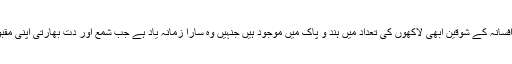
اس دور کے مجھ جیسے ناول افسانہ کے شوقین ابھی لاکھوں کی تعداد میں ہند و پاک میں موجود ہیں جنہیں وہ سارا زمانہ یاد ہے جب شمع اور دت بھارتی اپنی مقبولیت کے نصف النہار پر تھے۔